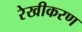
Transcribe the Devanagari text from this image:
रेखीकरण